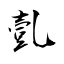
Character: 亄